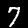
Label: 7